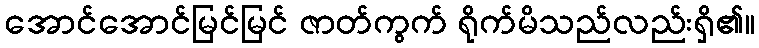
အောင်အောင်မြင်မြင် ဇာတ်ကွက် ရိုက်မိသည်လည်းရှိ၏။